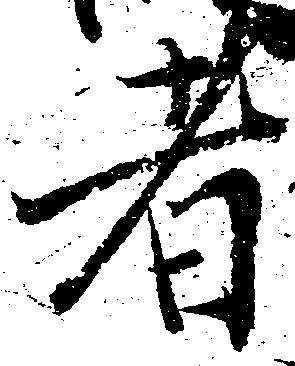
者